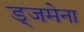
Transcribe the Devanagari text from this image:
ड्जमेना